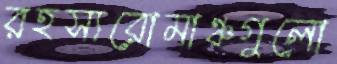
রহস্যরোমাঞ্চগুলো